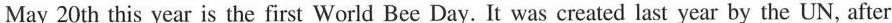
May 20th this year is the first World Bee Day.It was ereated last year by the UN, after